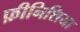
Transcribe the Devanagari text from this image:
फ़ीनिशिया